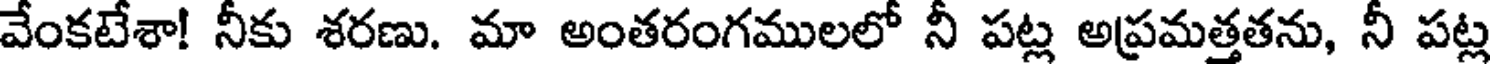
వేంకటేశా! నీకు శరణు. మా అంతరంగములలో నీ పట్ల అప్రమత్తతను, నీ పట్ల